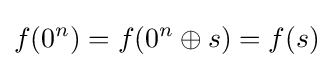
f(0^{n})=f(0^{n}\oplus s)=f(s)